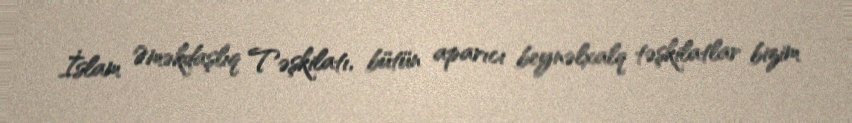
İslam Əməkdaşlıq Təşkilatı, bütün aparıcı beynəlxalq təşkilatlar bizim